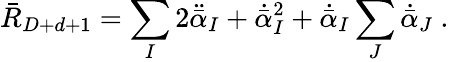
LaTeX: \bar{R}_{D+d+1}=\sum_{I}2\ddot{\bar{\alpha}}_{I}+\dot{\bar{\alpha}}_{I}^{2}+\dot{\bar{\alpha}}_{I}\sum_{J}\dot{\bar{\alpha}}_{J}\ .